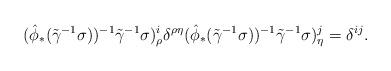
LaTeX: \begin{align*}(\hat{\phi}_*(\tilde\gamma^{-1}\sigma))^{-1}\tilde\gamma^{-1}\sigma)^{i}_\rho\delta^{\rho\eta}(\hat{\phi}_*(\tilde\gamma^{-1}\sigma))^{-1}\tilde\gamma^{-1}\sigma)^{j}_\eta=\delta^{ij}.\end{align*}